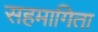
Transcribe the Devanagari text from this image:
सहमागिता